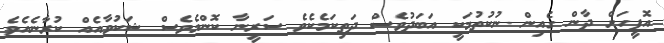
އޮފީހަށް ދާން ގެއިން ނުކުތުމަކީ އަބަދުވެސް ދަތިކަމެކެވެ ސަރީނާ ކޮންމެވެސް ޝަކުވާއެއް ކުރާނެއެވެ